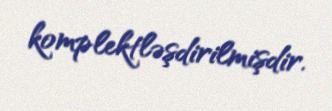
komplektləşdirilmişdir.